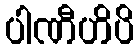
ပါဏီဟိပိ